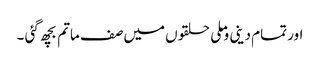
اور تمام دینی وملی حلقوں میں صف ماتم بچھ گئی ۔